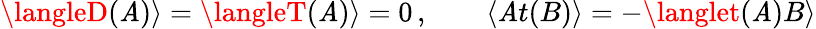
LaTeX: \langleD(\mathit{A})\rangle=\langleT(\mathit{A})\rangle=0\, ,\qquad\langle\mathit{A}t(B)\rangle=-\langlet(\mathit{A})B\rangle